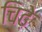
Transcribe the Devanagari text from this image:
चिढ़े